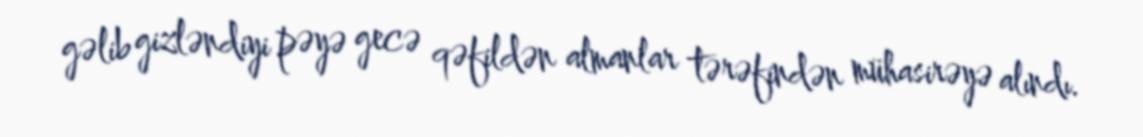
gəlib gizləndiyi pəyə gecə qəfildən almanlar tərəfindən mühasirəyə alındı.